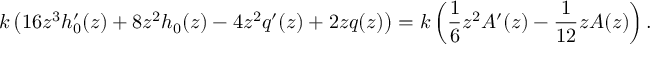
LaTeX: k \left( 1 6 z ^ { 3 } h _ { 0 } ^ { \prime } ( z ) + 8 z ^ { 2 } h _ { 0 } ( z ) - 4 z ^ { 2 } q ^ { \prime } ( z ) + 2 z q ( z ) \right) = k \left( \frac { 1 } { 6 } z ^ { 2 } A ^ { \prime } ( z ) - \frac { 1 } { 1 2 } z A ( z ) \right) .